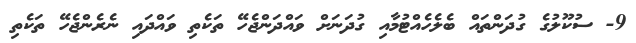
9- ސުކޫލުގެ ގުދަންތައް ބެލެހެއްޓުމާއި ގުދަނަށް ވައްދަންޖެހޭ ތަކެތި ވައްދައި ނެރެންޖެހޭ ތަކެތި